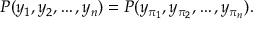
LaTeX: P ( y _ { 1 } , y _ { 2 } , \ldots , y _ { n } ) = P ( y _ { \pi _ { 1 } } , y _ { \pi _ { 2 } } , \ldots , y _ { \pi _ { n } } ) .